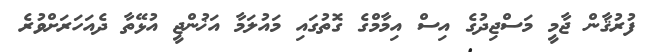
ފުރުޤާން ޖާމީ މަސްޖިދުގެ އިސް އިމާމްގެ ގޮތުގައި މައުލަމާ އަޚުންޖީ އުޅޭތާ ދެއަހަރަށްވުރެ